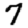
Digit: 7